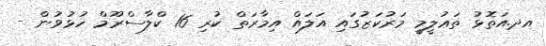
އދ.އަތޮޅު ތަޢުލީމީ މަރުކަޒުގައި އަލައް އިމާރަތް ކުރި 16 ކްލާސްރޫމް ހުޅުވުން -